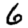
Digit: 6